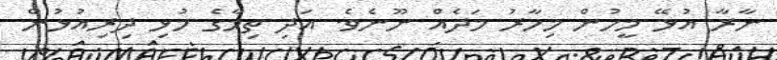
ނާރާ އުޅޭ މީހުން މިހާރު މަދެއް ނޫނެވެ. އަދި ތިމާގެ މުޅި ދިރިއުޅުން